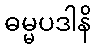
ဓမ္မပဒါနိ